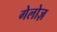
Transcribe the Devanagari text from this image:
गेलोज़